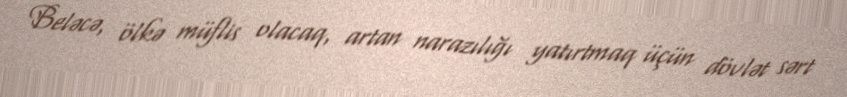
Beləcə, ölkə müflis olacaq, artan narazılığı yatırtmaq üçün dövlət sərt